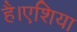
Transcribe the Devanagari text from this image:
है।एशिया